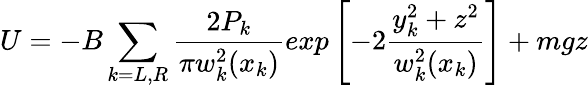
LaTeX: U=-B\sum_{k=L,R}\frac{2P_{k}}{\pi w_{k}^{2}(x_{k})}exp\left[{-2\frac{y_{k}^{2}+z^{2}}{w_{k}^{2}(x_{k})}}\right]+mgz